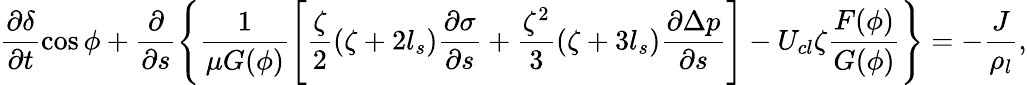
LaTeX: \frac{\partial\delta}{\partial t}\cos\phi+\frac{\partial}{\partial s}\Bigg\{ \frac{1}{\mu G(\phi)}\Bigg[\frac{\zeta}{2}(\zeta+2l_{s})\frac{\partial\sigma}{\partial s}+\frac{\zeta^{2}}{3}(\zeta+3l_{s})\frac{\partial\Delta p}{\partial s}\Bigg]-U_{cl}\zeta\frac{F(\phi)}{G(\phi)}\Bigg\} =-\frac{J}{\rho_{l}},